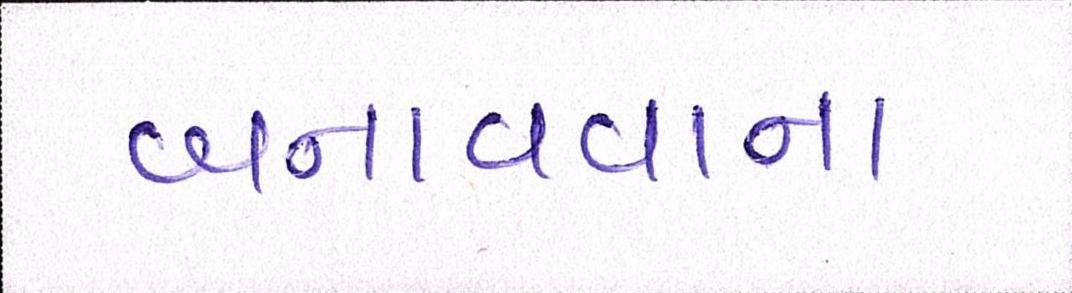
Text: બનાવવાના